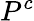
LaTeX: P^{c}